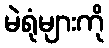
မဲရုံများကို